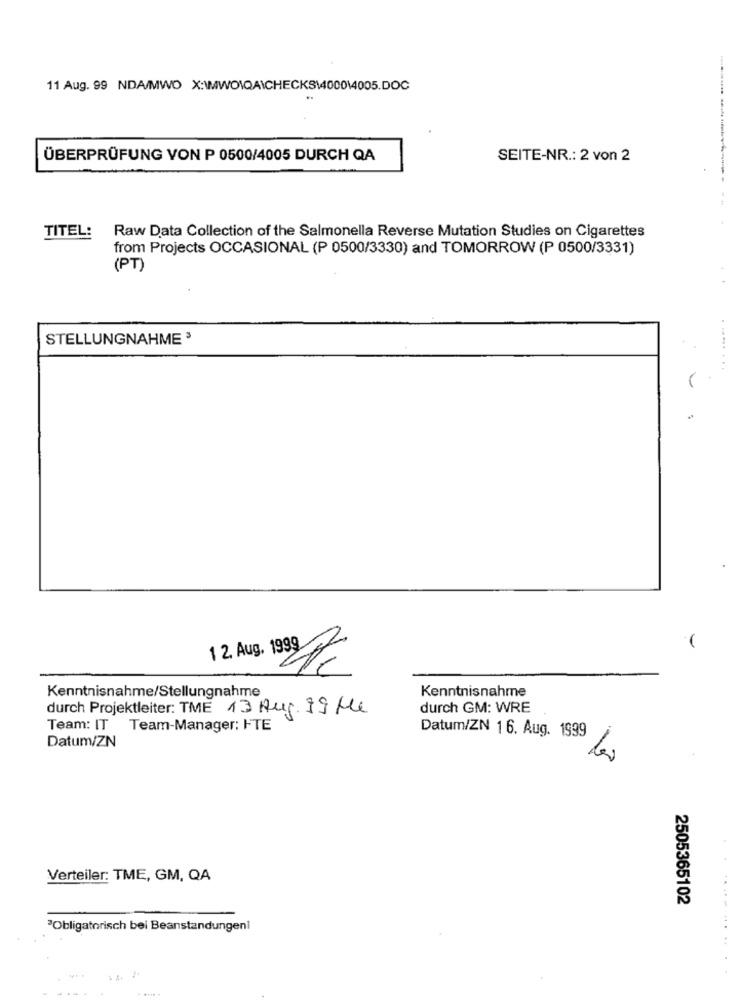
11 Aug. 99 NDA/MWO X:\MWO\QA\CHECKS1400014005.DOC
ÜBERPRÜFUNG VON P 0500/4005 DURCH QA
SEITE-NR .: 2 von 2
Raw Data Collection of the Salmonella Reverse Mutation Studies on Cigarettes
TITEL:
from Projects OCCASIONAL (P 0500/3330) and TOMORROW (P 0500/3331)
(PT)
STELLUNGNAHME3
12. Aug. 1999
Kenntnisnahme/Stellungnahme
Kenntnisnahme
durch Projektleiter: TME 13 Aug. 79 Me
durch GM: WRE
Team: IT Team-Manager: ITE
Datum/ZN 16. Aug. 1999
Datum/ZN
Verteiler: TME, GM, QA
2505365102
"Obligatorisch bei Beanstandungen!
... ..